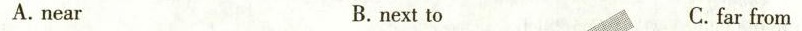
A.near B. next to C.far from